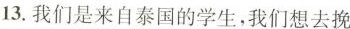
13.我们是来自泰国的学生。我们想去挽